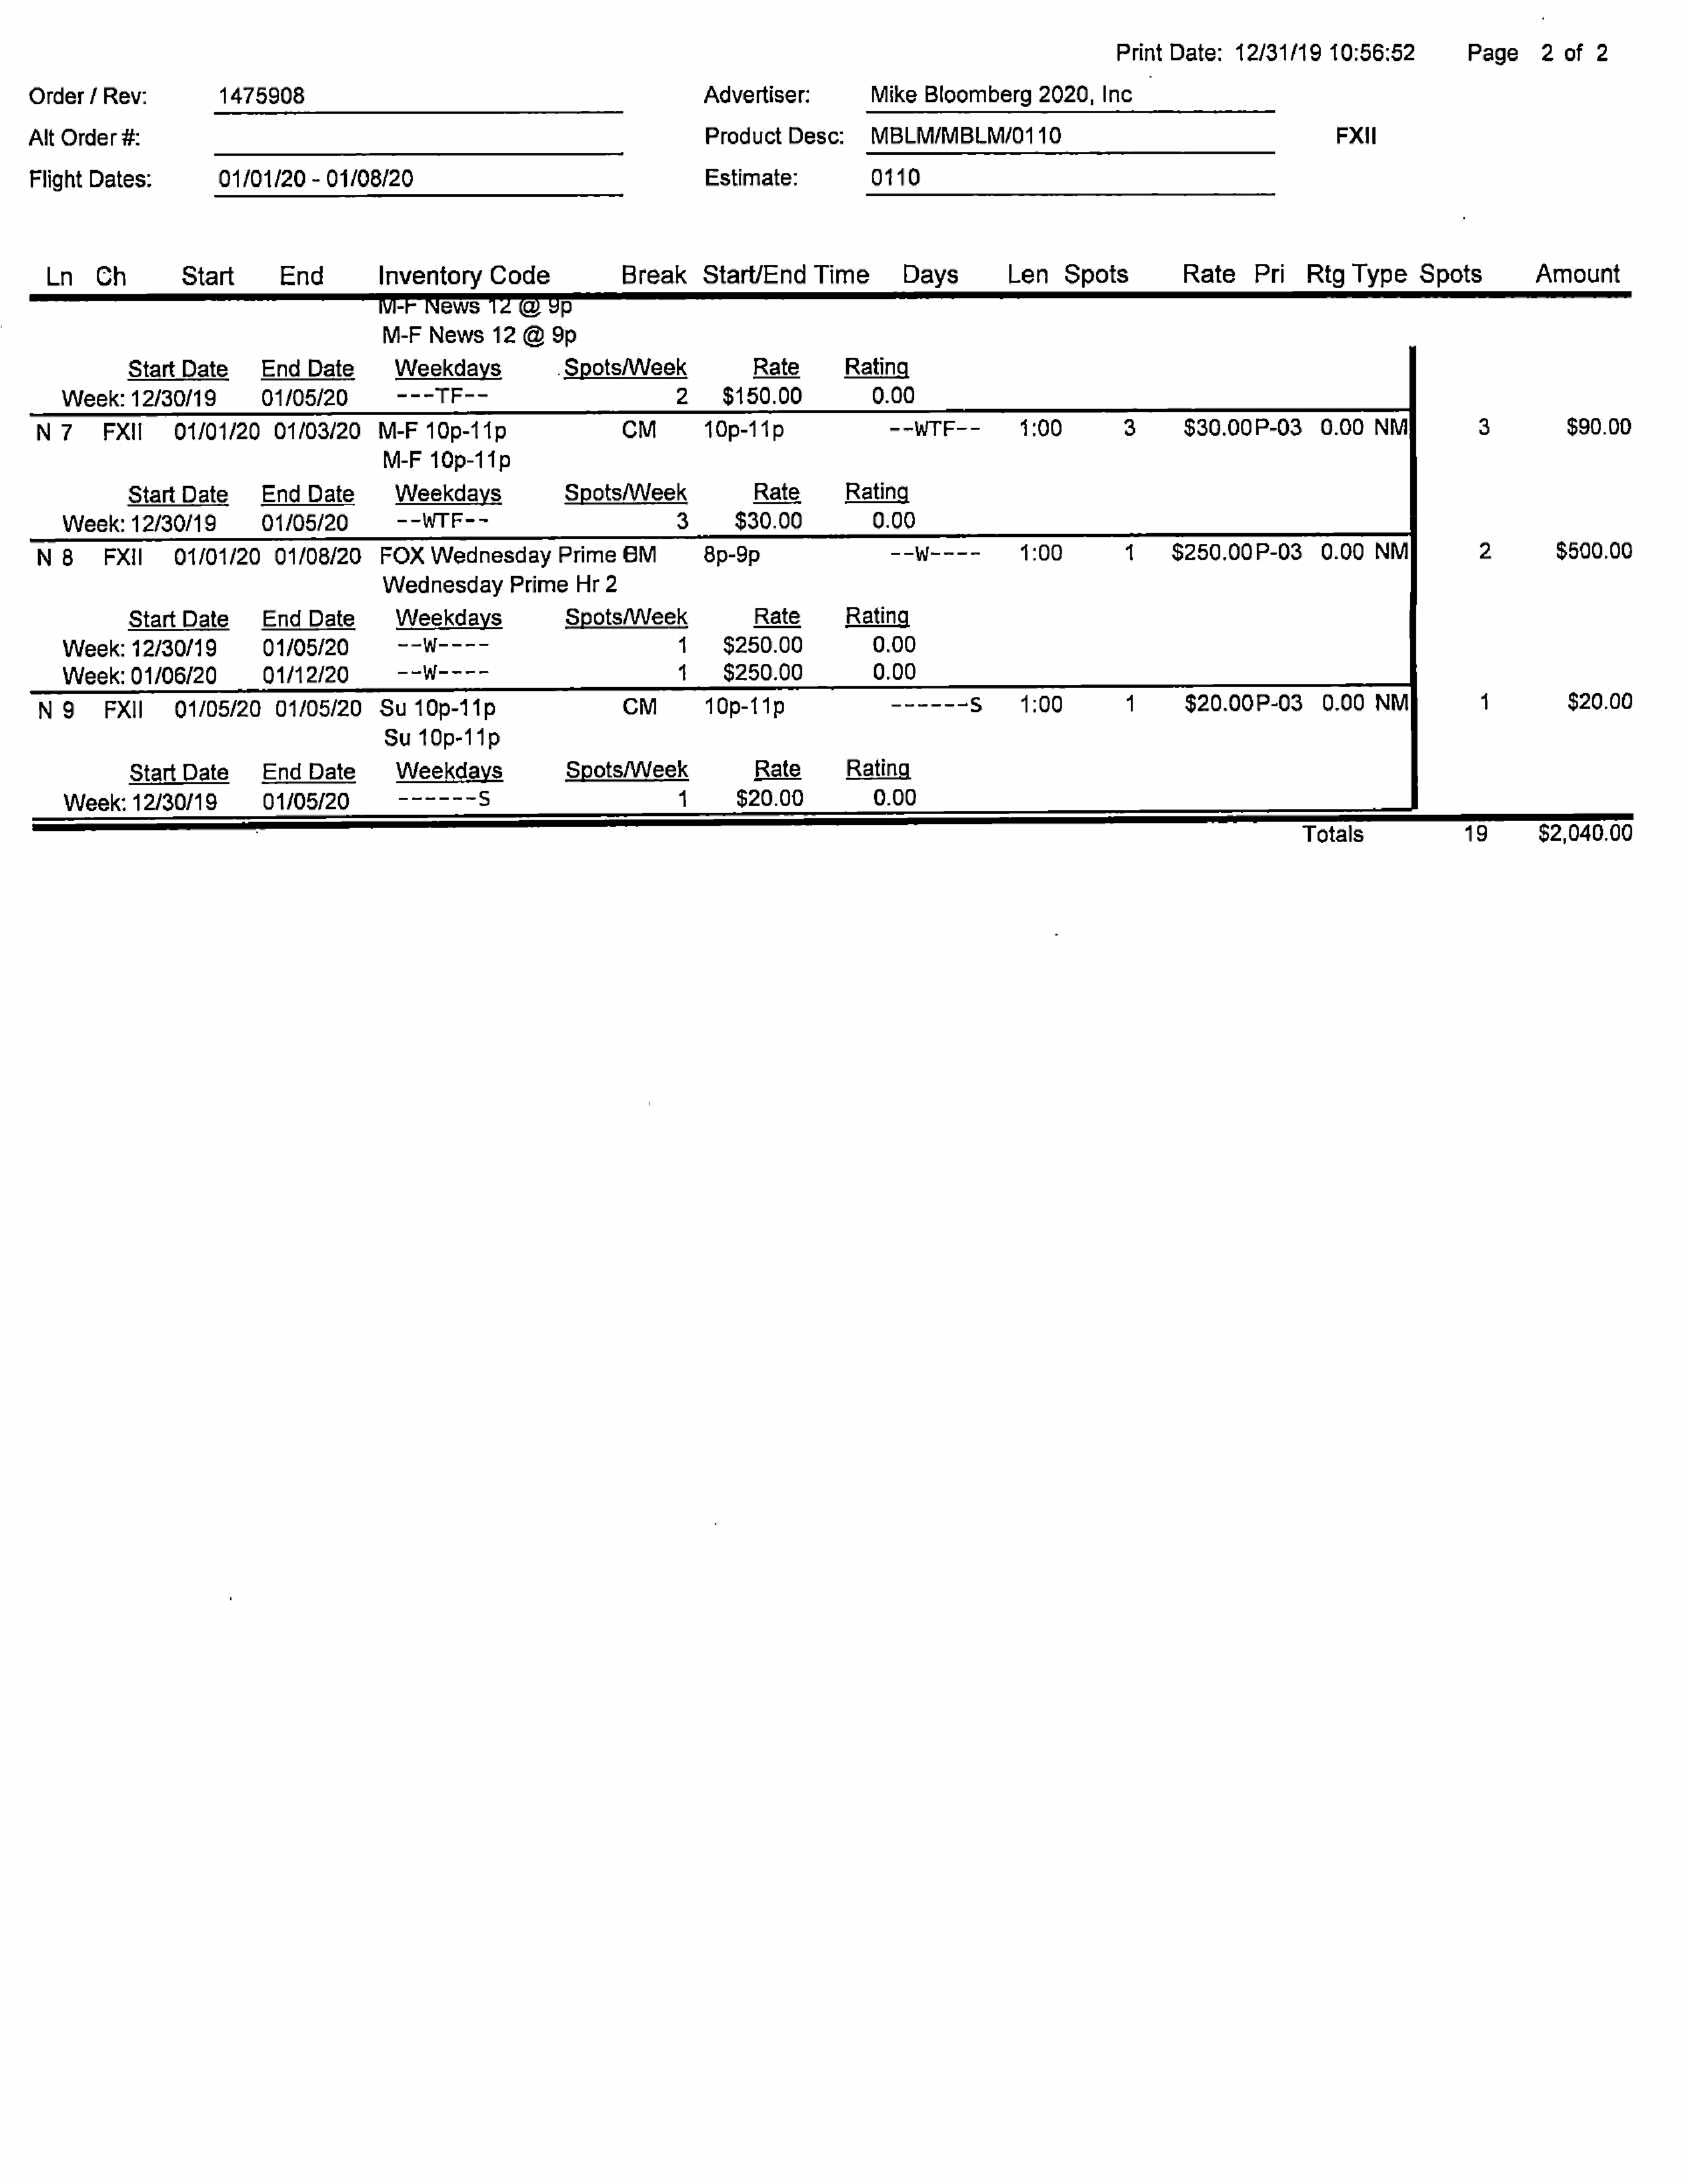
Print   Date:    12/31/19      10:56:52           Page       2  of   2
 Order/     Rev:            1475908                                                              Advertiser:             Mike   Bloomberg       2020,   Inc     :
 Alt  Order   #:                                                                                 Product     Desc:       MBLM/MBLM/0110                                                    Fxil
 Flight   Dates:            01/01/20     - 01/08/20                                              Estimate:               0110
 Ln     Ch          Start         End           Inventory       Code              Break       Start/End      Time         Days           Len     Spots            Rate      Pri     Rtg   Type     Spots            Amount
 -F     News             Pp
 M-F    News     12  @   9p
 StartDate          EndDate            Weekdays               .Spots/Week                 Rate         Rating
 Week:12/30/19               01/05/20           o=-TF--                                 2      $150.00              0.00
 N7        FX!       01/01/20      01/03/20       M-F    10p-11p                    CM          10p-11p                                                             $30.00P-03         0.00    NM             3           $90.00
 M-F    10p-11p
 StartDate          EndDate            Weekdays                Spots/Week                 Rate         Rating
 Week:     12/30/19          01/05/20           soWERss                                 3       $30.00              0.00
 N8        FXII      01/01/20      01/08/20       FOX    Wednesday         Prime    6M          8p-9p                                        1:00           1     $250.00P-03           0.00   NM             2          $500.00
 Wednesday         Prime     Hr  2
 StartDate          EndDate            Weekdays                Spots/Week                 Rate         Rating
 Week:     12/30/19          01/05/20           --          -                           1      $250.00              0.00
 Week:     01/06/20          Q1M2/20            - -W--    --                            41     $250.00              0.00
 N9       FXII      01/05/20      01/05/20       Su   10p-11p                      CM                                    =e    ===   Ss     1:00           1       $20.00P-03          0.00   NM             1           $20.00
 Su  10p-11p
 StartDate          EndDate            Weekdays                Spots/Week                 Rate         Rating
 Week:12/     30/19          0 1/05/20                      s                           4        $20 .00            0 .00
 Totals                 19        $2,040.00